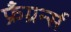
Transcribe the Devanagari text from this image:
फ्रँग्रर्न्स